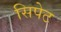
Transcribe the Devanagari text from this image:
सिपेट